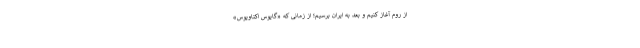
از روم آغاز کنیم و بعد به ایران برسیم؛ از زمانی که «گایوس اکتاویوس»